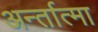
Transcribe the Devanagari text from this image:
अर्न्तात्मा